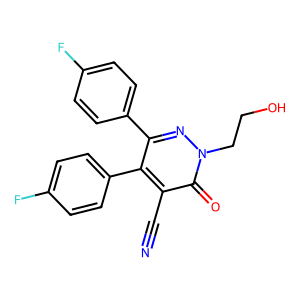
SMILES: N#Cc1c(-c2ccc(F)cc2)c(-c2ccc(F)cc2)nn(CCO)c1=O
Inhibits HIV replication: No